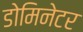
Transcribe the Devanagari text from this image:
डोमिनेटर